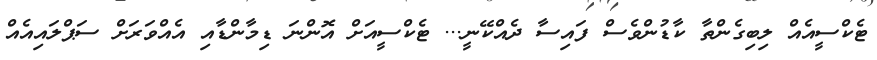
ޓެކްސީއެއް ލިބިގެންތާ ކާޑުންވެސް ފައިސާ ދެއްކޭނީ... ޓެކްސީއަށް އޮންނަ ޑިމާންޑާއި އެއްވަރަށް ސަޕްލައިއެއް